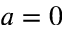
a = 0